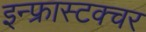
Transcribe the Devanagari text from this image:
इन्फ्रास्टक्चर